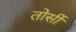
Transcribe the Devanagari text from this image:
तोर्सी